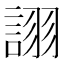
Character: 𧩘